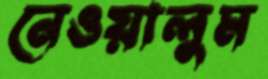
নেওয়ালুম